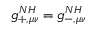
g _ { + , \mu \nu } ^ { N H } = g _ { - , \mu \nu } ^ { N H }